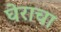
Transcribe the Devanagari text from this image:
घेराचा